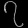
Digit: ၇